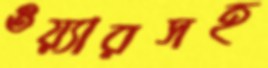
ওয়্যারসহ